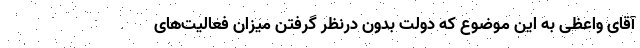
آقای واعظی به این موضوع که دولت بدون درنظر گرفتن میزان فعالیت‌های